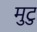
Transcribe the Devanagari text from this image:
मुटु